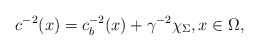
\begin{align*}c^{-2}(x)=c_b^{-2}(x)+\gamma^{-2}\chi_{\Sigma},x\in\Omega,\end{align*}